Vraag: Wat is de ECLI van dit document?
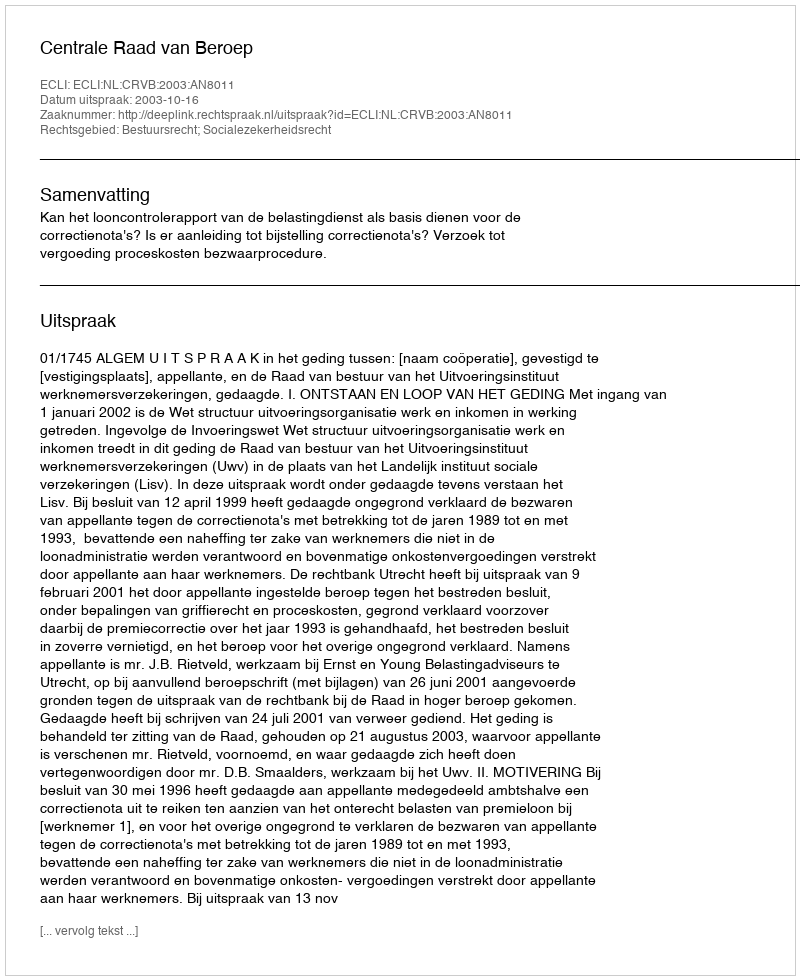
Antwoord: ECLI:NL:CRVB:2003:AN8011